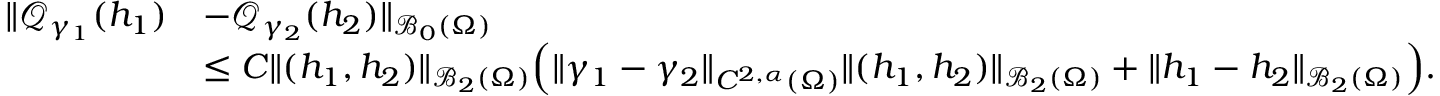
\begin{array} { r l } { \| \mathcal Q _ { \gamma _ { 1 } } ( h _ { 1 } ) } & { - \mathcal Q _ { \gamma _ { 2 } } ( h _ { 2 } ) \| _ { \mathcal B _ { 0 } ( \Omega ) } } \\ & { \leq C \| ( h _ { 1 } , h _ { 2 } ) \| _ { \mathcal B _ { 2 } ( \Omega ) } \Big ( \| \gamma _ { 1 } - \gamma _ { 2 } \| _ { C ^ { 2 , \alpha } ( \Omega ) } \| ( h _ { 1 } , h _ { 2 } ) \| _ { \mathcal B _ { 2 } ( \Omega ) } + \| h _ { 1 } - h _ { 2 } \| _ { \mathcal B _ { 2 } ( \Omega ) } \Big ) . } \end{array}